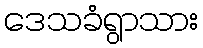
ဒေသခံရွာသား